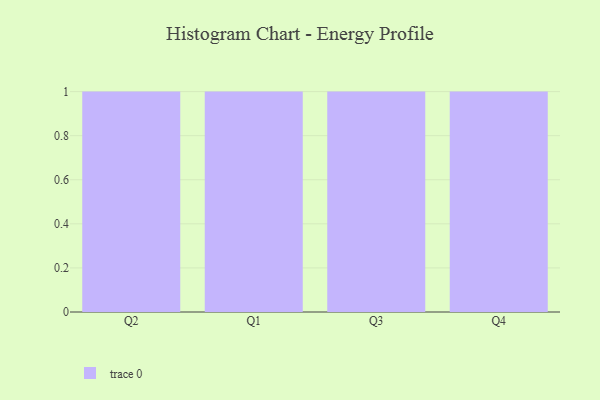
{"axis": {"x": "Quarter", "y": "Latency (ms)"}, "legend": [""], "data": [{"x": "Q2", "y": 35, "type": ""}, {"x": "Q1", "y": 36, "type": ""}, {"x": "Q3", "y": 40, "type": ""}, {"x": "Q4", "y": 77, "type": ""}]}